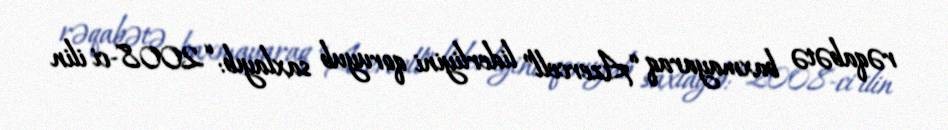
rəqabətə baxmayaraq “Azercell” liderliyini qoruyub saxlayıb: “2008-ci ilin